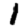
Digit: 1